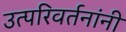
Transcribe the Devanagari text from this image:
उत्परिवर्तनांनी